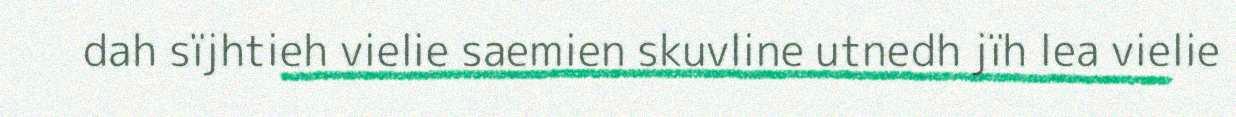
dah sïjhtieh vielie saemien skuvline utnedh jïh lea vielie